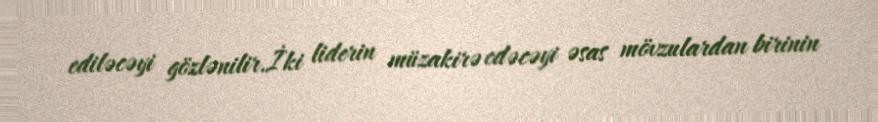
ediləcəyi gözlənilir.İki liderin müzakirə edəcəyi əsas mövzulardan birinin